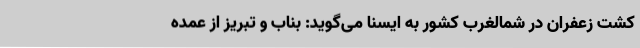
کشت زعفران در شمالغرب کشور به ایسنا می‌گوید: بناب و تبریز از عمده